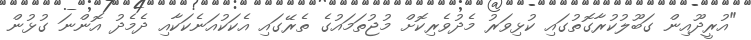
"އުރީދޫއިން ގަބޫލުކުރާގޮތުގައި ކުޅިވަރު މެދުވެރިކޮށް މުޖުތަމައުގެ ތެރޭގައި އެކަކުއަނެކަކާއި ދެމެދު އޮންނަ ގުޅުން